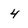
Character: 4